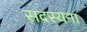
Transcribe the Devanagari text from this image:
सदस्यना